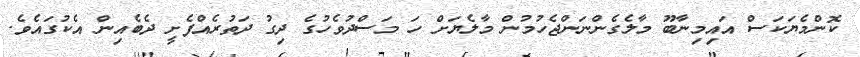
ކޮންމެޔަކަސް އައިމިނާބޫ މާލެގެންނަންޖެހުމުން މާލެޔަށް ހަ މަސްދުވެހުގެ ދިގު ދަތުރެއްފެށީ ދެބެއިން އެކުގައެވެ.